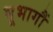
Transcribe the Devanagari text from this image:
भूभागौं